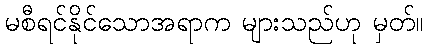
မစီရင်နိုင်သောအရာက များသည်ဟု မှတ်။